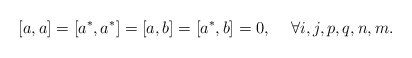
\begin{align*}[a , a] = [a^{*}, a^{*} ] = [a , b] = [a^{*} , b ] = 0 , \hspace{5mm}\forall i, j, p, q, n, m .\end{align*}